Calcutta medical institutions reports 1892-1900
Year: 1892
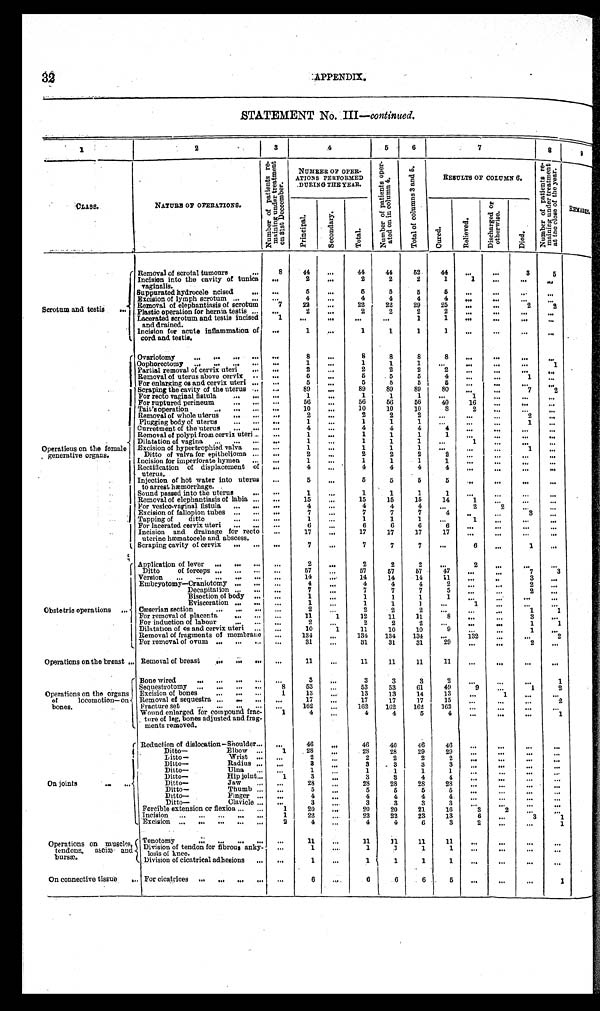
APPENDIX
STATEMENT No. III —continued.
1
2
3
4
5
6
7
8
9
CLASS.
NATURE OF OPERATIONS.
N u m b e r o f p a t i e n t s r e - m a i n i n g u n d e r t r e a t m e n t o n 3 1 s t D e c e m b e r .
NUMBER OF OPER-
ATIONS PERFORMED
DURING THE YEAR.
N u m b e r o f p a t i e n t s o p e r - a t e d o n i n c o l u m n 4 .
T o t a l o f c o l u m n s 3 a n d 5 .
R E S U L T S O F C O L U M N 6 .
N u m b e r o f p a t i e n t s r e - m a i n i n g u n d e r t r e a t m e n t a t t h e c l o s e o f t h e y e a r .
R E M A R K S .
P r i n c i p a l .
S e c o n d a r y .
T o t a l .
C u r e d .
R e l i e v e d .
D i s c h a r g e d o r
o t h e r w i s e .
D i e d .
Scrotum and testis . . .
Removal of scrotal tumours . . .
8
44
. . .
44
44
52
4 4
. . .
. . .
3
5
Incision into the cavity of tunica
vaginalis. . . .
. . .
2
. . .
2
2
2
1
1
. . .
. . .
. . .
Suppurated hydrocele noised . . .
. . .
5
. . .
5
5
5
5
. . .
. . .
. . .
. . .
Excision of lymph scrotum . . .
. . .
4
. . .
4
4
4
4
. . .
. . .
. . .
. . .
Removal of elephantiasis of scrotum
7
22
. . .
22
22
29
25
. . .
. . .
2
2
Plastic operation for hernia testis . . . . . .
2
. . .
2
2
2
2
. . .
. . .
. . .
. . .
Lacerated scrotum and testis incised
and drained.
1
. . .
. . .
. . .
. . .
1
1
. . .
. . .
. . .
. . .
Incision for acute inflammation of
cord and testis.
. . .
1
. . .
1
1
1
1
. . .
. . .
. . .
. . .
O p e r a t i o n s o n t h e f e m a l e
generative organs.
Ovariotomy . . .
. . .
8
. . .
8
8
8
8
. . .
. . .
. . .
. . .
Oophorectomy . . .
. . .
1
. . .
1
1
1
. . .
. . .
. . .
. . .
1
Partial removal of cervix uteri . . .
. . .
2
. . .
2
2
2
2
. . .
. . .
. . .
. . .
Removal of uterus above cervix . . .
. . .
5
. . .
5
5
5
4
. . .
. . .
1
. . .
For enlarging os and cervix uteri . . .
. . .
5
. . .
5
5
5
5
. . .
. . .
. . .
. . .
Scraping the cavity of the uterus . . .
. . .
89
. . .
89
89
89
80
. . .
. . .
7
2
For recto vaginal fistula . . .
. . .
1
. . .
1
1
1
. . .
1
. . .
. . .
. . .
For ruptured perineum . . .
. . .
56
. . .
56
56
56
40
16
. . .
. . .
. . .
Tai t ' s operat i on . . .
. . .
10
. . .
10
10
10
8
2
. . .
. . .
. . .
Removal of whole uterus . . .
. . .
2
. . .
2
2
2
. . .
. . .
. . .
2
. . .
Plugging body of uterus . . .
. . .
1
. . .
1
1
1
. . .
. . .
. . .
1
. . .
Curretment of the uterus . . .
. . .
4
. . .
4
4
4
4
. . .
. . .
. . .
. . .
Removal of polypi from cervix uteri . . .
. . .
1
. . .
1
1
1
1
. . .
. . .
. . .
. . .
Dilatation of vagina . . .
. . .
1
. . .
1
1
1
. . .
1
. . .
. . .
. . .
Excision of hypertrophied valva . . .
. . .
1
. . .
1
1
1
. . .
. . .
. . .
1
. . .
Ditto of valva for epithelioma . . .
. . .
2
. . .
2
2
2
2
. . .
. . .
. . .
. . .
Incision for imperforate hymen . . .
. . .
1
. . .
1
1
1
1
. . .
. . .
. . .
. . .
Rectification of displacement of
uterus.
. . .
4
. . .
4
4
4
4
. . .
. . .
. . .
. . .
Injection of hot water into uterus
to arrest hæmorrhage.
. . .
5
. . .
5
5
5
5
. . .
. . .
. . .
. . .
Sound passed into the uterus . . .
. . .
1
. . .
1
1
1
1
. . .
. . .
. . .
. . .
Removal of elephantiasis of labia . . .
. . .
15
. . .
15
15
15
14
1
. . .
. . .
. . .
For vesico-vaginal fistula . . .
. . .
4
. . .
4
4
4
. . .
2
2
. . .
. . .
Excision of fallopion tubes . . .
. . .
7
. . .
7
7
7
4
. . .
. . .
3
. . .
Tapping of ditto . . .
. . .
1
. . .
1
1
1
. . .
1
. . .
. . .
. . .
For lacerated cervix uteri . . .
. . .
6
. . .
6
6
6
6
. . .
. . .
. . .
. . .
Incision and drainage for recto
uterine hæmatocele and abscess.
. . .
17
. . .
17
17
17
17
. . .
. . .
. . .
. . .
Scraping cavity of cervix . . .
. . .
7
. . .
7
7
7
. . .
6
. . .
1
. . .
O b s t e t r i c o p e r a t i o n s . . .
Application of lever . . .
. . .
2
. . .
2
2
2
. . .
2
. . .
. . .
. . .
Ditto of forceps . . .
. . .
57
. . .
57
57
57
47
. . .
. . .
7
3
Version . . .
. . .
14
. . .
14
14
14
1 1
. . .
. . .
3
. . .
Embryotomy—Craniotomy . . .
. . .
4
. . .
4
4
4
2
. . .
. . .
2
. . .
Decapitation . . .
"
. . .
7
. . .
7
7
7
5
. . .
. . .
2
. . .
Bisection of body
. . .
. . .
1
. . .
1
1
1
1
. . .
. . .
. . .
. . .
Evisceration . . .
. . .
1
. . .
1
1
1
. . .
1
. . .
. . .
. . .
Cæserian section . . .
. . .
2
. . .
2
2
2
. . .
. . .
. . .
1
1
For removal of placenta . . .
. . .
11
1
12
11
11
8
. . .
. . .
3
. . .
For induction of labour . . .
. . .
2
. . .
2
2
2
. . .
. . .
. . .
1
1
Dilatation of os and cervix uteri . . .
. . .
10
1
11
10
10
9
. . .
. . .
1
. . .
Removal of fragments of membrane
. . .
134 . . .
134
134
134
. . .
1 3 2
. . .
. . .
2
For removal of ovum . . .
. . .
31 . . .
31
31
31
29
. . .
. . .
2
. . .
Operations on the breast . . . Removal of breast . . .
. . .
11
. . .
11
11
11
1 1
. . .
. . .
. . .
. . .
Operations on the organs
of locomotion-on
bones.
Bone wired. . .
. . .
3
. . .
3
3
3
2
. . .
. . . . . .
1
S e q u e s t r o t o m y . . .
8
53
. . .
53
53
61
49
9
. . .
1
2
Excision of bones . . .
1
13
. . .
13
13
14
13
. . .
1
. . .
. . .
Removal of sequestra . . .
. . .
17
. . .
17
17
17
15
. . .
. . .
. . .
2
Fracture set . . .
. . .
162
. . .
162
162
162
162
. . .
. . .
. . .
. . .
Wound enlarged for compound frac-
ture of leg, bones adjusted and frag-
ments removed.
1
4
. . .
4
4
5
4
. . .
. . .
. . .
1
On joints . . .
Reduction of dislocation-Shoulder . . .
. . .
46
. . .
46
4 6
46
46
. . .
. . .
. . .
. . .
Ditto— Elbow . . .
1
28
. . .
28
28
29
29
. . .
. . .
. . .
. . .
Ditto—
Wrist . . .
. . .
2
. . .
2
2
2
2
. . .
. . .
. . .
. . .
Ditto— Radius . . .
. . .
3
. . .
3
3
3
3
. . .
. . .
. . .
. . .
Ditto— Ulna . . .
. . .
1
. . .
1
1
1
1
. . .
. . .
. . .
. . .
Ditto— Hip joint . . .
1
3
. . .
3
3
4
4
. . .
. . .
. . .
. . .
Ditto— Jaw . . .
. . .
28
. . .
28
28
28
28
. . .
. . .
. . .
. . .
Ditto— Thumb . . .
. . .
5
. . .
5
5
5
5
. . .
. . .
. . .
. . .
Ditto— Finger . . .
. . .
4
. . .
4
4
4
4
. . .
. . .
. . .
. . .
Ditto— Clavicle . . .
. . .
3
. . .
3
3
3
3
. . .
. . .
. . .
. . .
Forcible extension or flexion . . .
1
20
. . .
20
20
2 1
16
3
2
. . .
. . .
Incision . . .
1
22
. . .
22
22
23
13
6
. . .
3
1
Excision . . .
2
4
. . .
4
4
6
3
2
. . .
. . .
1
Operations on muscles,
tendons, asciæ and
bursæ.
T e n o t o m y . . .
. . .
11
. . .
11
11
11
11
. . .
. . . . . .
. . .
Division of tendon for fibrous anky-
losis of knee.
. . .
1
. . .
1
1
1
1
. . .
. . .
. . .
. . .
Division of cicatrical adhesions . . .
. . .
1
. . .
1
1
1
1
. . .
. . .
. . .
. . .
On connective tissue
. . .
For cicatrices . . .
. . .
6 . . .
6
6
6
5
. . .
. . .
. . .
1